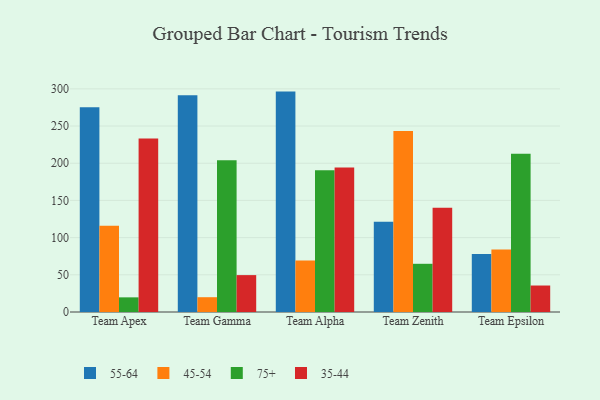
{"axis": {"x": "Team", "y": "Waste Production (Tons)"}, "legend": ["35-44", "45-54", "55-64", "75+"], "data": [{"x": "Team Apex", "y": 275.3, "type": "55-64"}, {"x": "Team Apex", "y": 115.8, "type": "45-54"}, {"x": "Team Apex", "y": 19.7, "type": "75+"}, {"x": "Team Apex", "y": 233.1, "type": "35-44"}, {"x": "Team Gamma", "y": 291.3, "type": "55-64"}, {"x": "Team Gamma", "y": 19.9, "type": "45-54"}, {"x": "Team Gamma", "y": 203.9, "type": "75+"}, {"x": "Team Gamma", "y": 49.6, "type": "35-44"}, {"x": "Team Alpha", "y": 296.3, "type": "55-64"}, {"x": "Team Alpha", "y": 69.2, "type": "45-54"}, {"x": "Team Alpha", "y": 190.7, "type": "75+"}, {"x": "Team Alpha", "y": 194.3, "type": "35-44"}, {"x": "Team Zenith", "y": 121.3, "type": "55-64"}, {"x": "Team Zenith", "y": 243.2, "type": "45-54"}, {"x": "Team Zenith", "y": 64.8, "type": "75+"}, {"x": "Team Zenith", "y": 140.0, "type": "35-44"}, {"x": "Team Epsilon", "y": 78.0, "type": "55-64"}, {"x": "Team Epsilon", "y": 84.1, "type": "45-54"}, {"x": "Team Epsilon", "y": 212.6, "type": "75+"}, {"x": "Team Epsilon", "y": 35.6, "type": "35-44"}]}